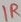
Text: 1R